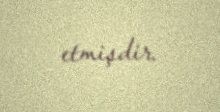
etmişdir.